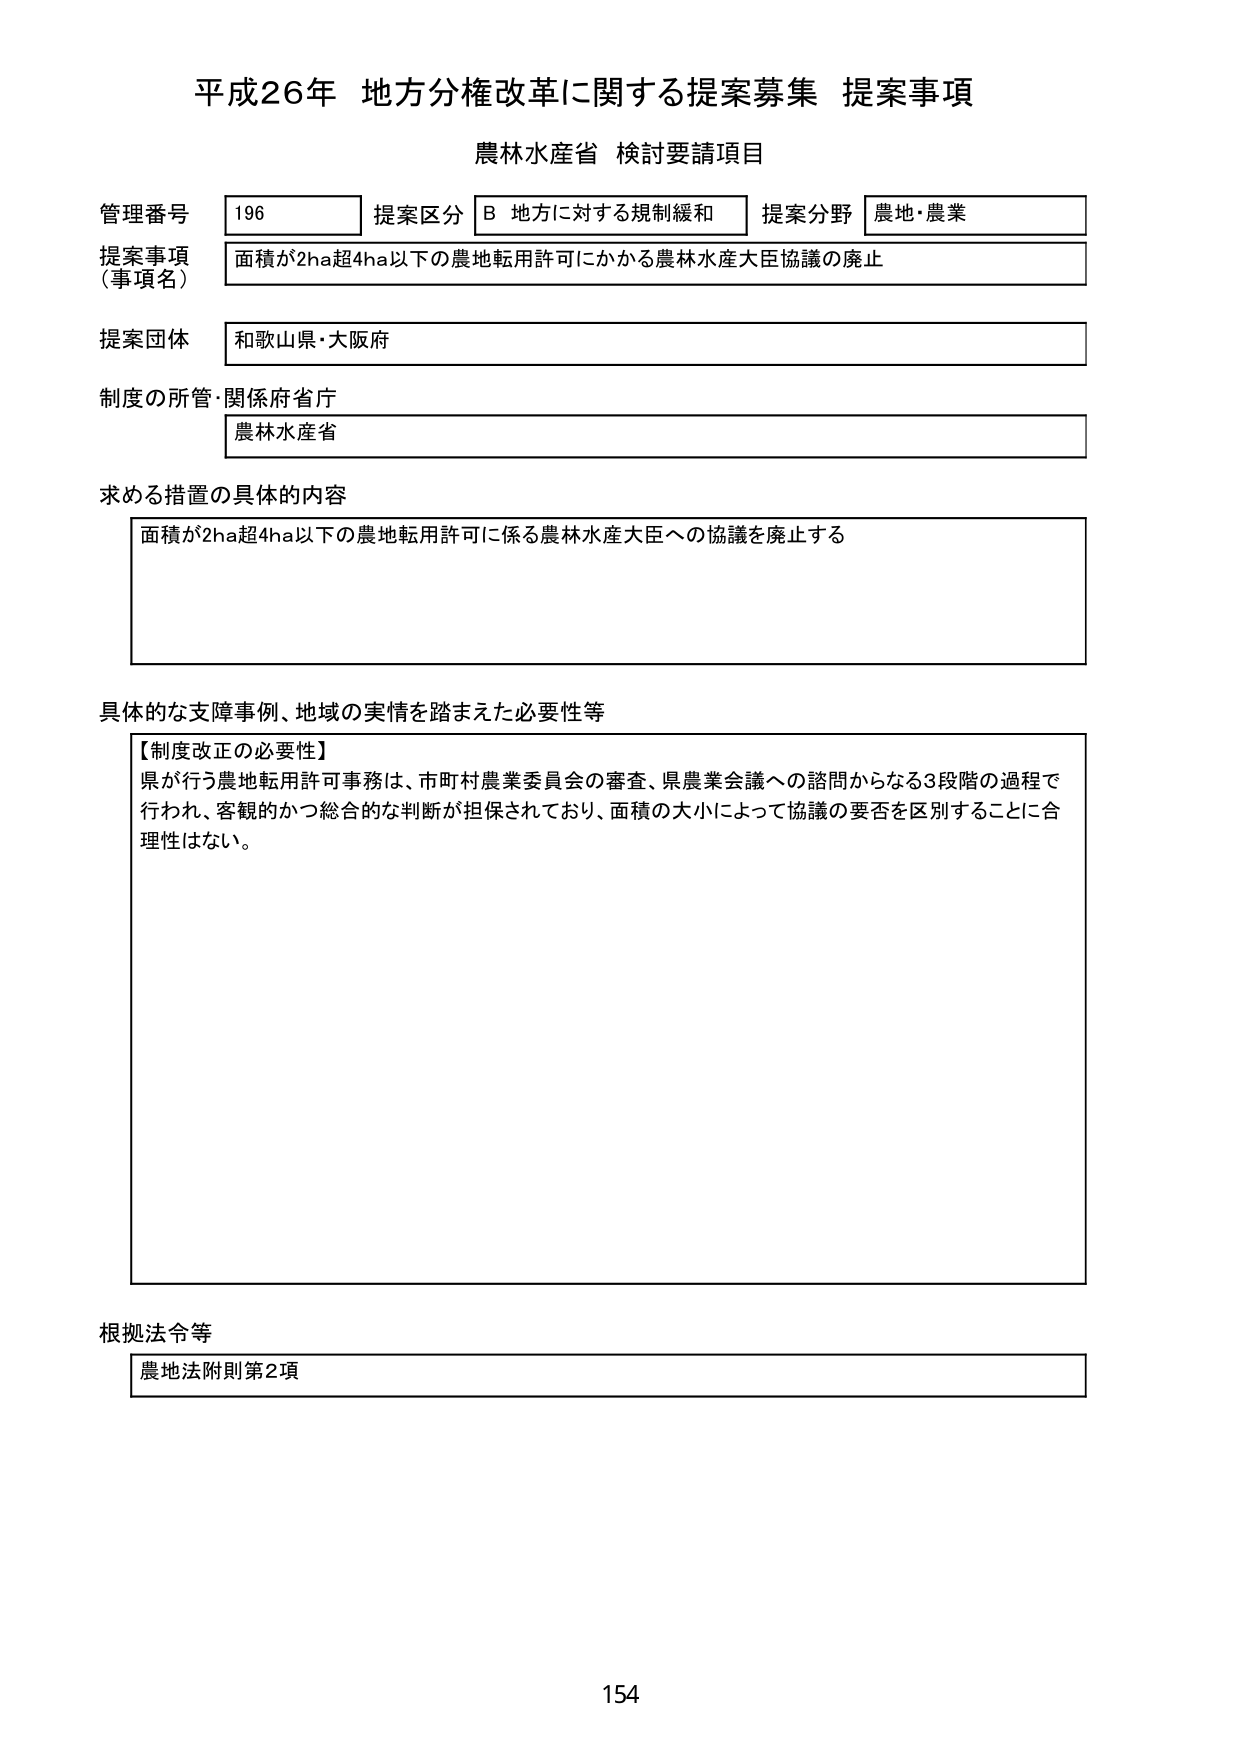
平成26年 地方分権改革に関する提案募集 提案事項
農林水産省 検討要請項目

管理番号 196 提案区分 B 地方に対する規制緩和 提案分野 農地・農業
提案事項（事項名） 面積が2ha超4ha以下の農地転用許可にかかる農林水産大臣協議の廃止
提案団体 和歌山県・大阪府
制度の所管・関係府省庁 農林水産省

求める措置の具体的内容
面積が2ha超4ha以下の農地転用許可に係る農林水産大臣への協議を廃止する

具体的な支障事例、地域の実情を踏まえた必要性等
【制度改正の必要性】
県が行う農地転用許可事務は、市町村農業委員会の審査、県農業会議への諮問からなる3段階の過程で行われ、客観的かつ総合的な判断が担保されており、面積の大小によって協議の要否を区別することに合理性はない。

根拠法令等
農地法附則第2項

154